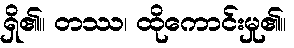
ရှိ၏။ တဿ၊ ထိုကောင်းမှု၏။